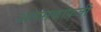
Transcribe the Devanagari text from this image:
अलसकाफ़ती